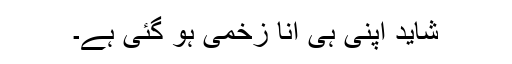
شاید اپنی ہی انا زخمی ہو گئی ہے۔